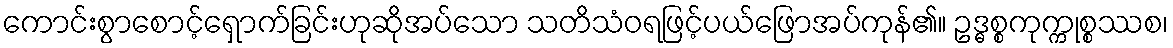
ကောင်းစွာစောင့်ရှောက်ခြင်းဟုဆိုအပ်သော သတိသံဝရဖြင့်ပယ်ဖြောအပ်ကုန်၏။ ဥဒ္ဓစ္စကုက္ကုစ္စဿစ၊